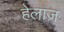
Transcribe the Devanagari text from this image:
हेलाज़